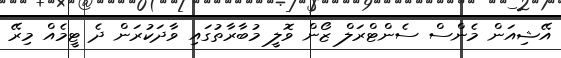
އޭޝިއަން މެންސް ސެންޓްރަލް ޒޯން ވޮލީ މުބާރާތުގައި ވާދަކުރަން ދެ ޓީމެއް މިރޭ